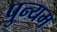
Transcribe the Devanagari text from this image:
पुन्यम